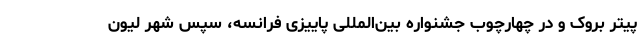
پیتر بروک و در چهارچوب جشنواره بین‌المللی پاییزی فرانسه، سپس شهر لیون